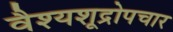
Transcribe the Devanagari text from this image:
वैश्यशूद्रोपचार